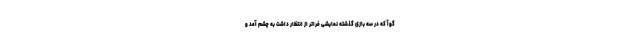
گوآ که در سه بازی گذشته نمایشی فراتر از انتظار داشت به چشم آمد و